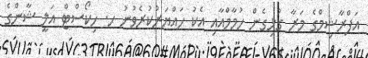
އަފްރާޝިމްގެ މަރާ ގުޅިގެން ހުމާމްއާއި އެކު ހައްޔަރުކުރެވުނު ހ. ހިކޯސްޓް އަލީ ޝާންގެ